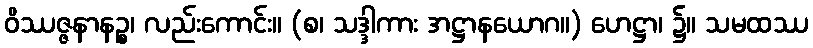
ဝိဿဇ္ဇနာနဉ္စ၊ လည်းကောင်း။ (စ၊ သဒ္ဒါကား အဋ္ဌာနယောဂ။) ဟေဋ္ဌာ၊ ၌။ သမထဿ